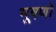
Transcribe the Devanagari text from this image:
भूषणो